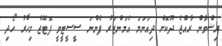
ރިޟްވާން ރާއްޖެ ދޫކޮށް ދިއަނަމަ އެމަންޒަރު ފެންނަ ސީސީޓީވީ ފޮޓޭޖް މިހާރު ހޯދި